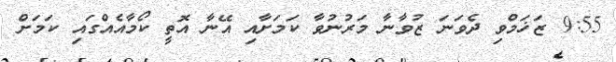
9:55 ޒަޚަމްވި ދެވަނަ ޒުވާނާ މަރުނުވާ ކަމަށާއި އޭނާ އޮތީ ކޯމާއެއްގައި ކަމަށް